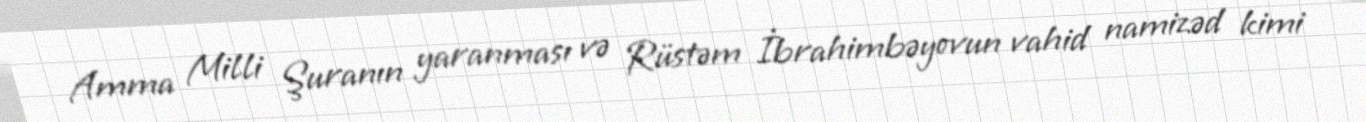
Amma Milli Şuranın yaranması və Rüstəm İbrahimbəyovun vahid namizəd kimi